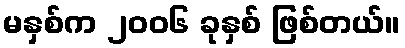
မနှစ်က ၂၀၀၆ ခုနှစ် ဖြစ်တယ်။